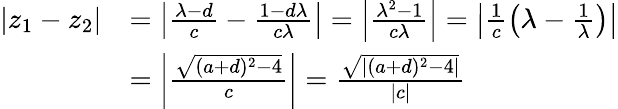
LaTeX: \begin{array}{rl}{|z_{1}-z_{2}|}&{=\left|\frac{\lambda-d}{c}-\frac{1-d\lambda}{c\lambda}\right|=\left|\frac{\lambda^{2}-1}{c\lambda}\right|=\left|\frac{1}{c}\left(\lambda-\frac{1}{\lambda}\right)\right|}\\ &{=\left|\frac{\sqrt{(a+d)^{2}-4}}{c}\right|=\frac{\sqrt{|(a+d)^{2}-4|}}{|c|}}\end{array}